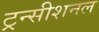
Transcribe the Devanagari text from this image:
ट्रन्सीशनल